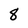
Character: 8